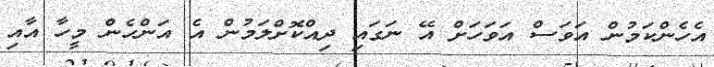
އެހެންކަމުން އަވަސް އަވަހަށް އޭ ނަގައި ދިއްކޮށްލަމުން އެ އަންހެން މީހާ އާއި